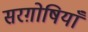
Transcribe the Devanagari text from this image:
सरग़ोषियाँ